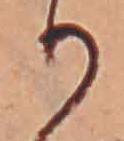
り